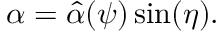
\begin{array} { r } { \alpha = \hat { \alpha } ( \psi ) \sin ( \eta ) . } \end{array}